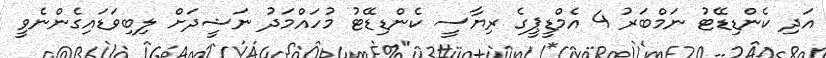
އަދި ކެންޑިޑޭޓު ނަމްބަރު 4 އެމްޑީޕީގެ ރިޔާސީ ކެންޑިޑޭޓު މުހައްމަދު ނަޝީދަށް ލިބިވަޑައިގެންނެވީ